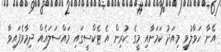
އޭނާ ހަވާލުވީ މިއަދު ކަމަށާއި މީގެ ކުރިން އެ ޓެކްސީގައި މައްސަލައެއް ދިމާވެފައިވާ